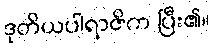
ဒုတိယပါရာဇိက ပြီး၏။